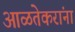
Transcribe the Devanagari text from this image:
आळतेकरांना